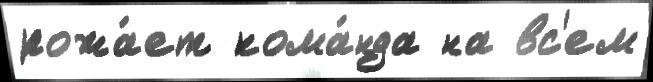
рожа́ет кома́нда на вс'ем